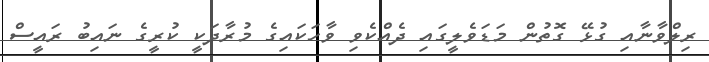
ރިލްވާނާއި ގުޅޭ ގޮތުން މަޑަވެލީގައި ދެއްކެވި ވާހަކަައިގެ މުރާދަކީ ކުރީގެ ނައިބު ރައީސް